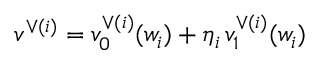
v ^ { \vee { ( i ) } } = v _ { 0 } ^ { \vee ( i ) } ( w _ { i } ) + \eta _ { i } \, v _ { 1 } ^ { \vee ( i ) } ( w _ { i } )